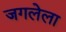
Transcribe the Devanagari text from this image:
जगलेला